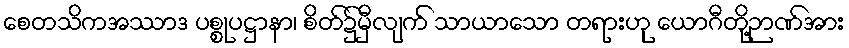
စေတသိကအဿာဒ ပစ္စုပဋ္ဌာနာ၊ စိတ်၌မှီလျက် သာယာသော တရားဟု ယောဂီတို့ဉာဏ်အား